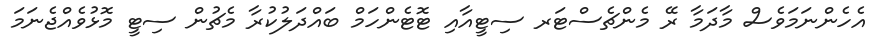
އެހެންނަމަވެސް މާދަމާ ރޭ މެންޗެސްޓަރ ސިޓީއާއި ޓޮޓެންހަމް ބައްދަލުކުރާ މެޗުން ސިޓީ މޮޅުވެއްޖެނަމަ